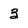
Character: 3